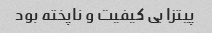
پیتزا بی کیفیت و ناپخته بود